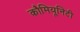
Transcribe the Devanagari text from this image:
कौमियूनिटी